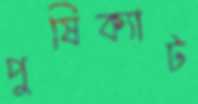
পুষিক্যাট